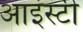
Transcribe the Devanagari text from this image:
आइंस्टी